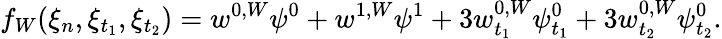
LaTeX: f_{W}(\xi_{n},\xi_{t_{1}},\xi_{t_{2}})=w^{0,W}\psi^{0}+w^{1,W}\psi^{1}+3w_{t_{1}}^{0,W}\psi_{t_{1}}^{0}+3w_{t_{2}}^{0,W}\psi_{t_{2}}^{0}.